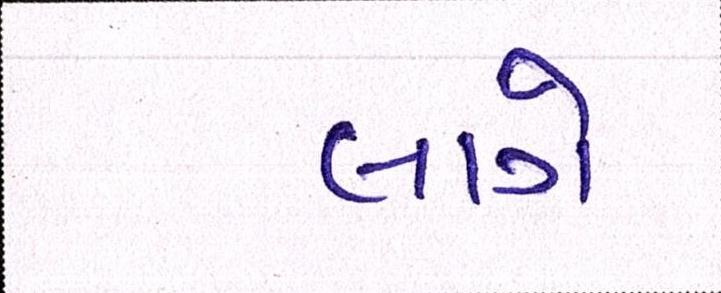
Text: લાગે